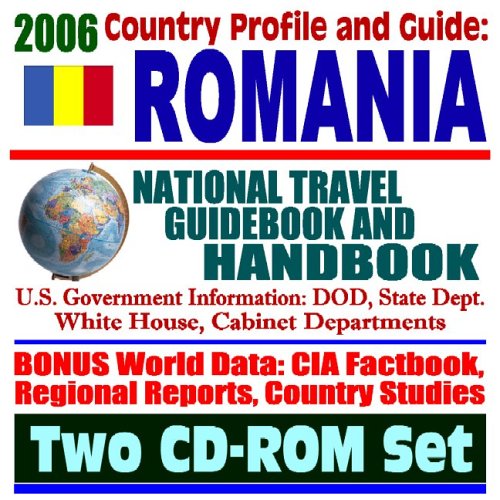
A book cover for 2006 Country Profile and Guide to Romania: National Travel Guidebook and Handbook, NATO, Iraq, and Afghanistan Military Involvement (Two CD-ROM Set); U.S. Government; Travel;